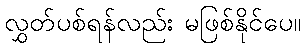
လွှတ်ပစ်ရန်လည်း မဖြစ်နိုင်ပေ။